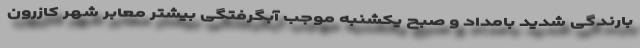
بارندگی شدید بامداد و صبح یکشنبه موجب آبگرفتگی بیشتر معابر شهر کازرون